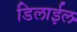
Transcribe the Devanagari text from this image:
डिलाईल